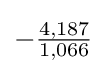
-{\tfrac {4,187}{1,066}}